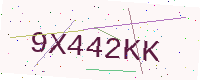
Text: 9X442KK